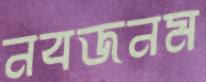
নবজনম